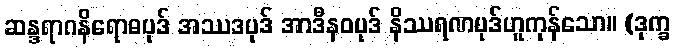
ဆန္ဒရာဂနိရောဓပုဒ် အဿဒပုဒ် အာဒီနဝပုဒ် နိဿရဏပုဒ်ဟူကုန်သော။ (ဒုက္ခ